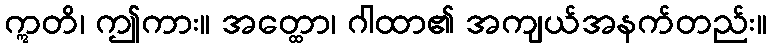
ဣတိ၊ ဤကား။ အတ္ထော၊ ဂါထာ၏ အကျယ်အနက်တည်း။